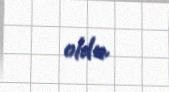
oldu.